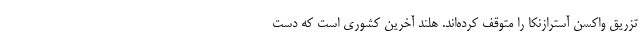
تزریق واکسن آسترازنکا را متوقف کرده‌اند. هلند آخرین کشوری است که دست